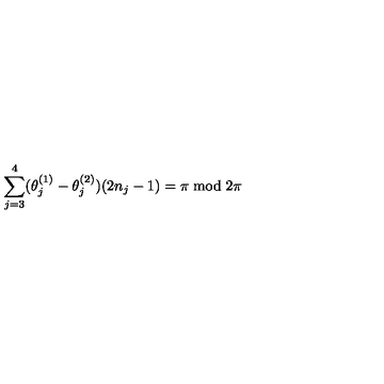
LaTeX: \sum _ { j = 3 } ^ { 4 } ( \theta _ { j } ^ { ( 1 ) } - \theta _ { j } ^ { ( 2 ) } ) ( 2 n _ { j } - 1 ) = \pi \bmod 2 \pi